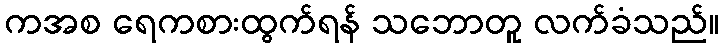
ကအစ ရေကစားထွက်ရန် သဘောတူ လက်ခံသည်။